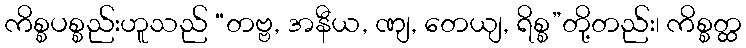
ကိစ္စပစ္စည်းဟူသည် “တဗ္ဗ, အနီယ, ဏျ, တေယျ, ရိစ္စ”တို့တည်း၊ ကိစ္စတ္ထ